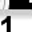
Digit: 1